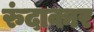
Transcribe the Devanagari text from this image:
रुंदाकार